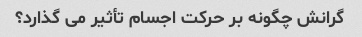
گرانش چگونه بر حرکت اجسام تأثیر می گذارد؟